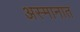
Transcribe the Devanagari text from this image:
अस्मानात